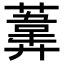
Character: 𦻪